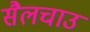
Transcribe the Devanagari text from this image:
सैलचाउ